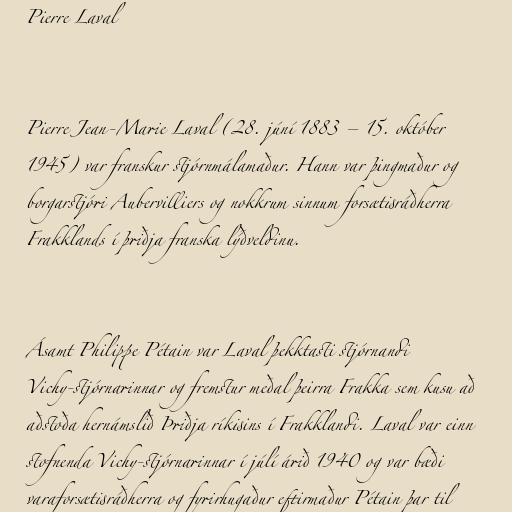
Pierre Laval

Pierre Jean-Marie Laval (28. júní 1883 – 15. október
1945) var franskur stjórnmálamaður. Hann var þingmaður og
borgarstjóri Aubervilliers og nokkrum sinnum forsætisráðherra
Frakklands í þriðja franska lýðveldinu.

Ásamt Philippe Pétain var Laval þekktasti stjórnandi
Vichy-stjórnarinnar og fremstur meðal þeirra Frakka sem kusu að
aðstoða hernámslið Þriðja ríkisins í Frakklandi. Laval var einn
stofnenda Vichy-stjórnarinnar í júlí árið 1940 og var bæði
varaforsætisráðherra og fyrirhugaður eftirmaður Pétain þar til